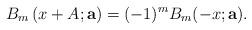
LaTeX: \begin{align*} B_{m} \left( x + A; \mathbf{a} \right) = (-1)^{m} B_{m}(-x; \mathbf{a} ). \end{align*}